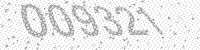
Solution: 009321